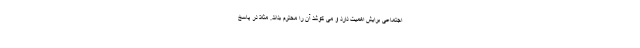
اجتماعی برایش اهمیت دارد و می کوشد آن را محترم بداند. مثلاً در پاسخ